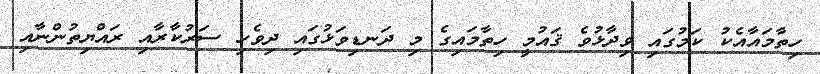
ހިތާމައާއެކު ކަމުގައި ވިދާޅުވެ ޤައުމީ ހިތާމައިގެ މި ދަނޑިވަޅުގައި ދިވެހި ސަރުކާރާއި ރައްޔިތުންނާއި